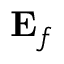
{ \bf E } _ { f }